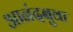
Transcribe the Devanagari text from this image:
आनंदबुवा